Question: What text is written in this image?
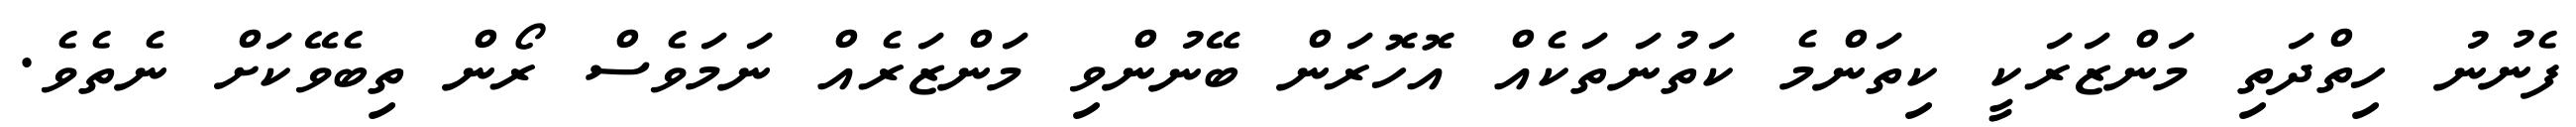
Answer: ފެނުނު ހިތްދަތި މަންޒަރަކީ ކިތަންމެ ކަތުނަތަކެއް އޮހޮރަން ބޭނުންވި މަންޒަރެއް ނަމަވެސް ރޯން ތިބެވޭކަށް ނެތެވެ.